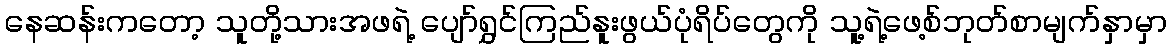
နေဆန်းကတော့ သူတို့သားအဖရဲ့ ပျော်ရွှင်ကြည်နူးဖွယ်ပုံရိပ်တွေကို သူ့ရဲ့ဖေ့စ်ဘုတ်စာမျက်နှာမှာ